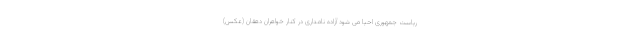
ریاست جمهوری احیا می شود آزاده نامداری در کنار خواهران دهقان (عکس)